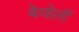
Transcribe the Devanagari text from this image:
बेव्हेर्ली